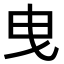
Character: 曳